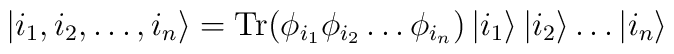
\left| {i_1,i_2,\ldots ,i_n} \right\rangle={\textnormal{Tr} } (\phi _{i_1}\phi _{i_2}\ldots \phi _{i_n})\left| {i_1} \right\rangle\left| {i_2} \right\rangle\ldots \left| {i_n} \right\rangle